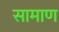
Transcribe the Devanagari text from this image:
सामाण